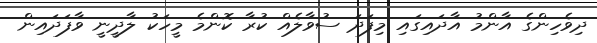
ދިވެހިންގެ އާންމު އާދައިގައި މިފަދަ ސުވާލެއް ކުރާ ކޮންމެ މީހަކު ލާދީނީ ވާފަދައިން